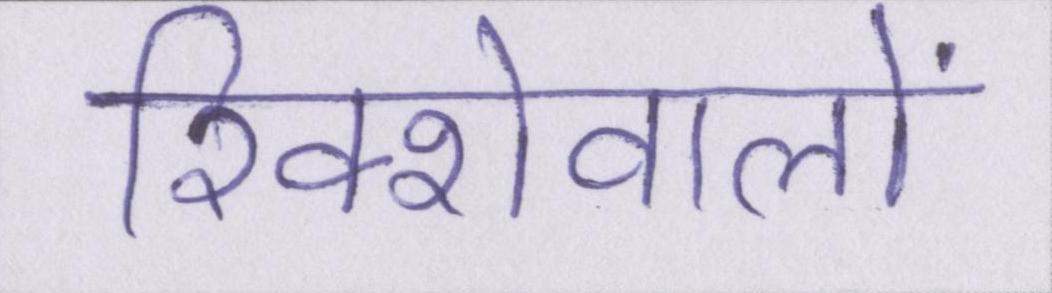
रिक्शेवालों